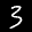
Label: 3